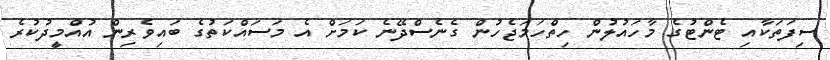
ސިފަތަކާއި ޓެންޓުގެ މާހައުލުން ހިތްހަމަޖެހުން ގެނެސްދޭނެ ކަމަށް އެ މަސައްކަތުގެ ބައިވެރިން އުއްމީދުކުރެ